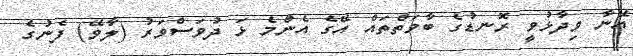
އޭނާ ވިދާޅުވީ ރޮނޑުގެ ބާވަތްތައް އޭގެ އެންމެ ޅަ ދުވަސްވަރު (ލާވޭ) ފެނުގެ